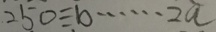
2 5 0 \div b \cdots 2 a